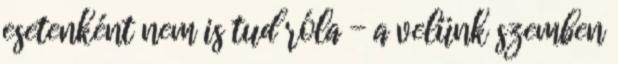
esetenként nem is tud róla - a velünk szemben